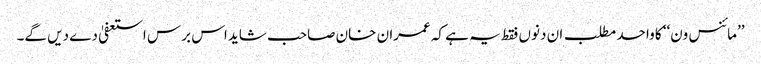
’’مائنس ون‘‘ کا واحد مطلب ان دنوں فقط یہ ہے کہ عمران خان صاحب شاید اس برس استعفیٰ دے دیں گے۔